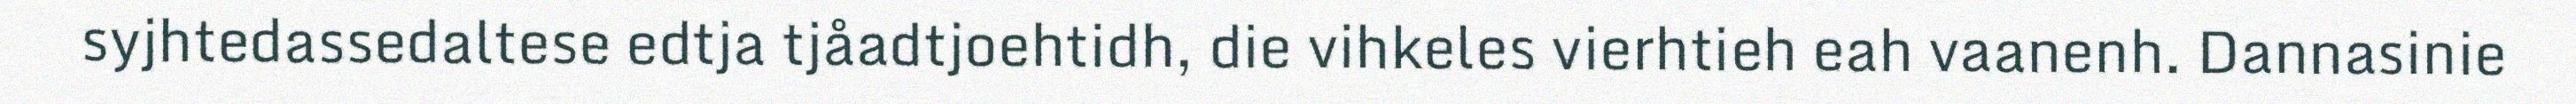
syjhtedassedaltese edtja tjåadtjoehtidh, die vihkeles vierhtieh eah vaanenh. Dannasinie